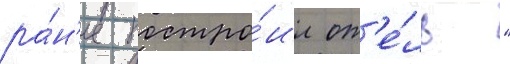
ра́н'ее постро́ил от'е́ль "